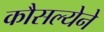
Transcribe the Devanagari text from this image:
कौसल्येने